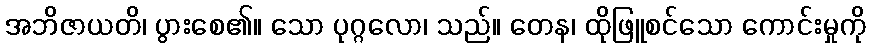
အဘိဇာယတိ၊ ပွားစေ၏။ သော ပုဂ္ဂလော၊ သည်။ တေန၊ ထိုဖြူစင်သော ကောင်းမှုကို